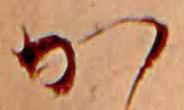
か